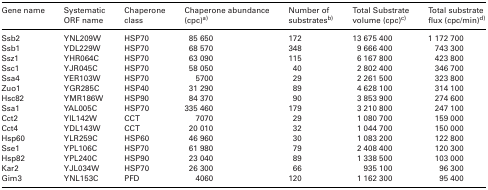
<table><thead><tr><td><b>Gene name</b></td><td><b>Systematic ORF name</b></td><td><b>Chaperone class</b></td><td><b>Chaperone abundance (cpc) a)</b></td><td><b>Number of substrates b)</b></td><td><b>Total Substrate volume (cpc) c)</b></td><td><b>Total substrate flux (cpc/min) d)</b></td></tr></thead><tbody><tr><td>Ssb2</td><td>YNL209W</td><td>HSP70</td><td>85 650</td><td>172</td><td>13 675 400</td><td>1 172 700</td></tr><tr><td>Ssb1</td><td>YDL229W</td><td>HSP70</td><td>68 570</td><td>348</td><td>9 666 400</td><td>743 300</td></tr><tr><td>Ssz1</td><td>YHR064C</td><td>HSP70</td><td>63 090</td><td>115</td><td>6 167 800</td><td>423 800</td></tr><tr><td>Ssc1</td><td>YJR045C</td><td>HSP70</td><td>58 050</td><td>40</td><td>2 802 400</td><td>346 700</td></tr><tr><td>Ssa4</td><td>YER103W</td><td>HSP70</td><td>5700</td><td>29</td><td>2 261 500</td><td>323 800</td></tr><tr><td>Zuo1</td><td>YGR285C</td><td>HSP40</td><td>31 290</td><td>89</td><td>4 628 100</td><td>314 100</td></tr><tr><td>Hsc82</td><td>YMR186W</td><td>HSP90</td><td>84 370</td><td>90</td><td>3 853 900</td><td>274 600</td></tr><tr><td>Ssa1</td><td>YAL005C</td><td>HSP70</td><td>335 460</td><td>179</td><td>3 210 800</td><td>247 100</td></tr><tr><td>Cct2</td><td>YIL142W</td><td>CCT</td><td>7070</td><td>29</td><td>1 080 700</td><td>159 000</td></tr><tr><td>Cct4</td><td>YDL143W</td><td>CCT</td><td>20 010</td><td>32</td><td>1 044 700</td><td>150 000</td></tr><tr><td>Hsp60</td><td>YLR259C</td><td>HSP60</td><td>46 960</td><td>30</td><td>1 083 200</td><td>122 800</td></tr><tr><td>Sse1</td><td>YPL106C</td><td>HSP70</td><td>61 980</td><td>79</td><td>2 408 400</td><td>120 300</td></tr><tr><td>Hsp82</td><td>YPL240C</td><td>HSP90</td><td>23 040</td><td>89</td><td>1 338 500</td><td>103 000</td></tr><tr><td>Kar2</td><td>YJL034W</td><td>HSP70</td><td>26 300</td><td>66</td><td>935 100</td><td>96 300</td></tr><tr><td>Gim3</td><td>YNL153C</td><td>PFD</td><td>4060</td><td>120</td><td>1 162 300</td><td>95 400</td></tr></tbody></table>